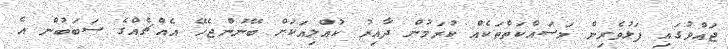
ޖައްވުގައި ފަޅުވެރިން މަސައްކަތްތަކެއް ކުރަމުން ދާއިރު ކުއްލިއަކަށް ބޭނުންޖެހޭ އެއްޗެއްގެ ސަބަބުން އެ